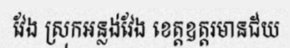
វែង ស្រុកអន្លង់វែង ខេត្តឧត្តរមានជ័យ